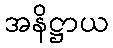
အနိဋ္ဌာယ